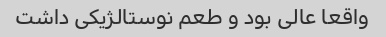
واقعا عالی بود و طعم نوستالژیکی داشت